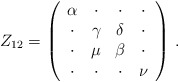
\begin{align*}Z_{12}=\left( \begin{array}{cccc} \alpha &\cdot &\cdot&\cdot \\\cdot&\gamma &\delta &\cdot \\ \cdot&\mu &\beta &\cdot \\\cdot&\cdot&\cdot&\nu \end{array} \right)\,. \end{align*}